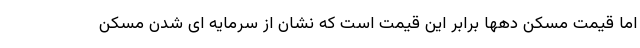
اما قیمت مسکن دهها برابر این قیمت است که نشان از سرمایه ای شدن مسکن